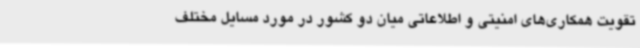
تقویت همکاری‌های امنیتی و اطلاعاتی میان دو کشور در مورد مسایل مختلف